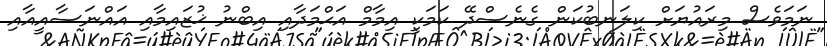
ނަމަވެސް މިރައުޔަށް ކިލަނބުކަން ގެނެސްދޭ ކަމަކީ އިމާމް އަޙްމަދާއި އިބްނު ޚުޒައިމާއި އައްނަސާއީއާއި